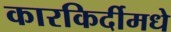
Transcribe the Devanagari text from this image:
कारकिर्दीमधे